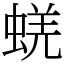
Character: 蜣